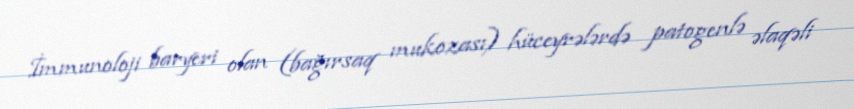
İmmunoloji baryeri olan (bağırsaq mukozası) hüceyrələrdə patogenlə əlaqəli